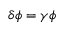
\delta \phi = \gamma \phi